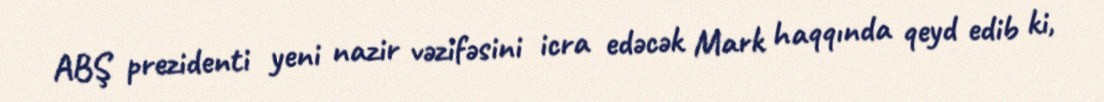
ABŞ prezidenti yeni nazir vəzifəsini icra edəcək Mark haqqında qeyd edib ki,